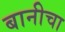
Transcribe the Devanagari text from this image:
बानीचा